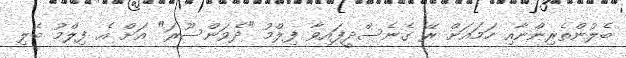
ބެލުންތެރިންނާއި ހަމައަށް ރޭ ގެނެސްދީފައިވާ ފިލްމު "ދެވަންސޫރަ" އަށް އެ ފިލްމު ބެލި